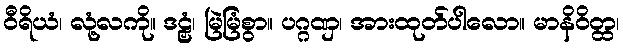
ဝီရိယံ၊ လုံ့လကို။ ဒဠှံ၊ မြဲမြံစွာ။ ပဂ္ဂဏှ၊ အားထုတ်ပါလော။ မာနိဝိတ္ထ၊